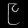
Digit: ၉